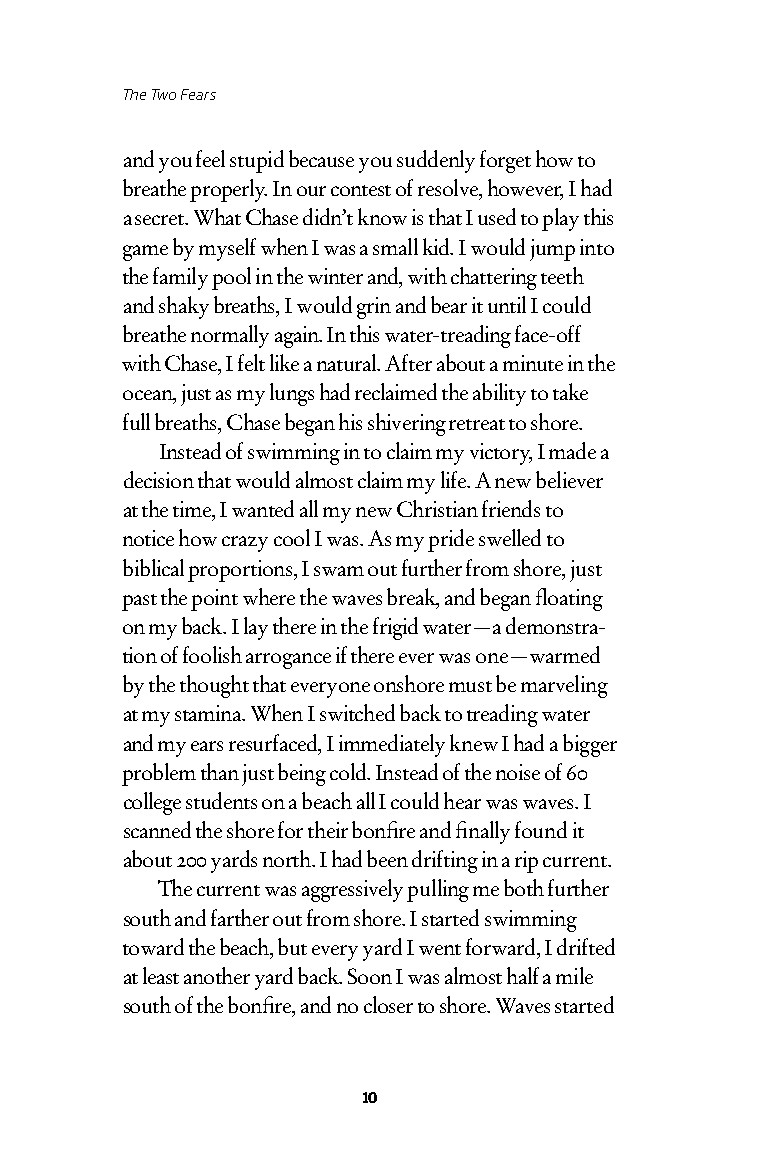
The Two Fears
 and you feel stupid because you suddenly forget how to
 breathe properly. In our contest of resolve, however, I had
 a secret. What Chase didn’t know is that I used to play this
 game by myself when I was a small kid. I would jump into
 the family pool in the winter and, with chattering teeth
 and shaky breaths, I would grin and bear it until I could
 breathe normally again. In this water-treading face-off
 with Chase, I felt like a natural. After about a minute in the
 ocean, just as my lungs had reclaimed the ability to take
 full breaths, Chase began his shivering retreat to shore.
 Instead of swimming in to claim my victory, I made a
 decision that would almost claim my life. A new believer
 at the time, I wanted all my new Christian friends to
 notice how crazy cool I was. As my pride swelled to
 biblical proportions, I swam out further from shore, just
 past the point where the waves break, and began floating
 on my back. I lay there in the frigid water—a demonstra-
 tion of foolish arrogance if there ever was one—warmed
 by the thought that everyone onshore must be marveling
 at my stamina. When I switched back to treading water
 and my ears resurfaced, I immediately knew I had a bigger
 problem than just being cold. Instead of the noise of 60
 college students on a beach all I could hear was waves. I
 scanned the shore for their bonfire and finally found it
 about 200 yards north. I had been drifting in a rip current.
 The current was aggressively pulling me both further
 south and farther out from shore. I started swimming
 toward the beach, but every yard I went forward, I drifted
 at least another yard back. Soon I was almost half a mile
 south of the bonfire, and no closer to shore. Waves started
 10